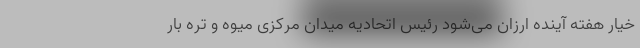
خیار هفته آینده ارزان می‌شود رئیس اتحادیه میدان مرکزی میوه و تره بار